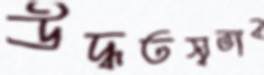
উদ্ধতস্বভাব